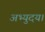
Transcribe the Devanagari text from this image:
अभ्युदय।